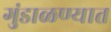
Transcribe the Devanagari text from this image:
गुंडाळण्यात